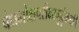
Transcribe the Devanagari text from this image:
बंधमोक्षपरीक्षामुदृंकयति